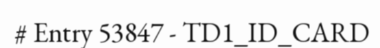
# Entry 53847 - TD1_ID_CARD